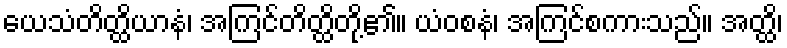
ယေသံတိတ္ထိယာနံ၊ အကြင်တိတ္ထိတို့၏။ ယံဝစနံ၊ အကြင်စကားသည်။ အတ္ထိ၊